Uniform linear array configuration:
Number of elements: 48
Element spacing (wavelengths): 0.5
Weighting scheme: cosine
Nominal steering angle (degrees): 30
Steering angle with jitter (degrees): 31.813
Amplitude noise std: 0.05
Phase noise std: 0.05

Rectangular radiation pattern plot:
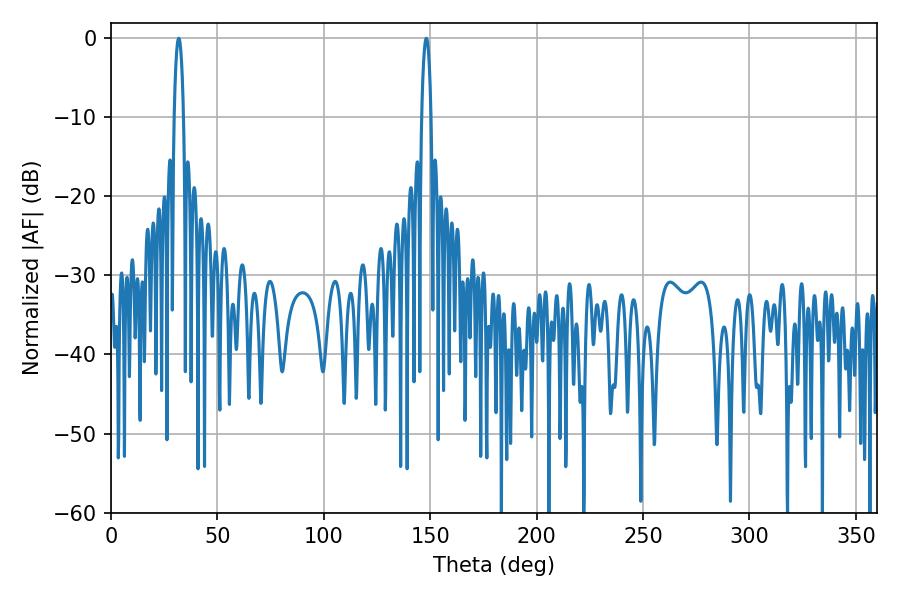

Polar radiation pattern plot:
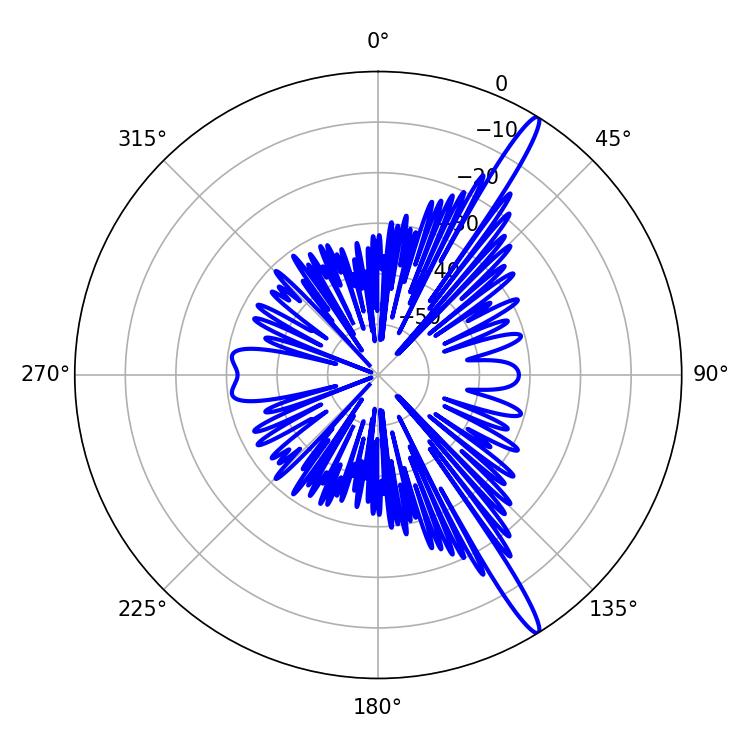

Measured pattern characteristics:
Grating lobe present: FALSE
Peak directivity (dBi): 15.855
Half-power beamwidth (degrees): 2.52
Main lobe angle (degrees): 31.86